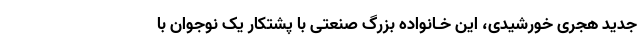
جدید هجری خورشیدی، این خـانواده بزرگ صنعتی با پشتکار یک نوجوان با